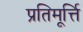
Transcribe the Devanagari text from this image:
प्रतिमूर्त्ति